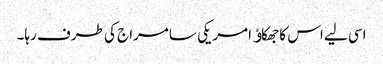
اسی لیے اس کا جھکاﺅ امریکی سامراج کی طرف رہا۔